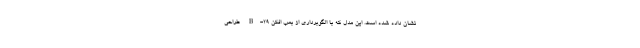
نشان داده شده است. این مدل که با الگوبرداری از بمب افکن B-29 طراحی